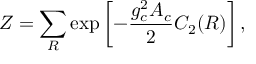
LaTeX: { \cal Z } = \sum _ { R } \exp \left[ - { \frac { g _ { c } ^ { 2 } A _ { c } } { 2 } } C _ { 2 } ( R ) \right] ,